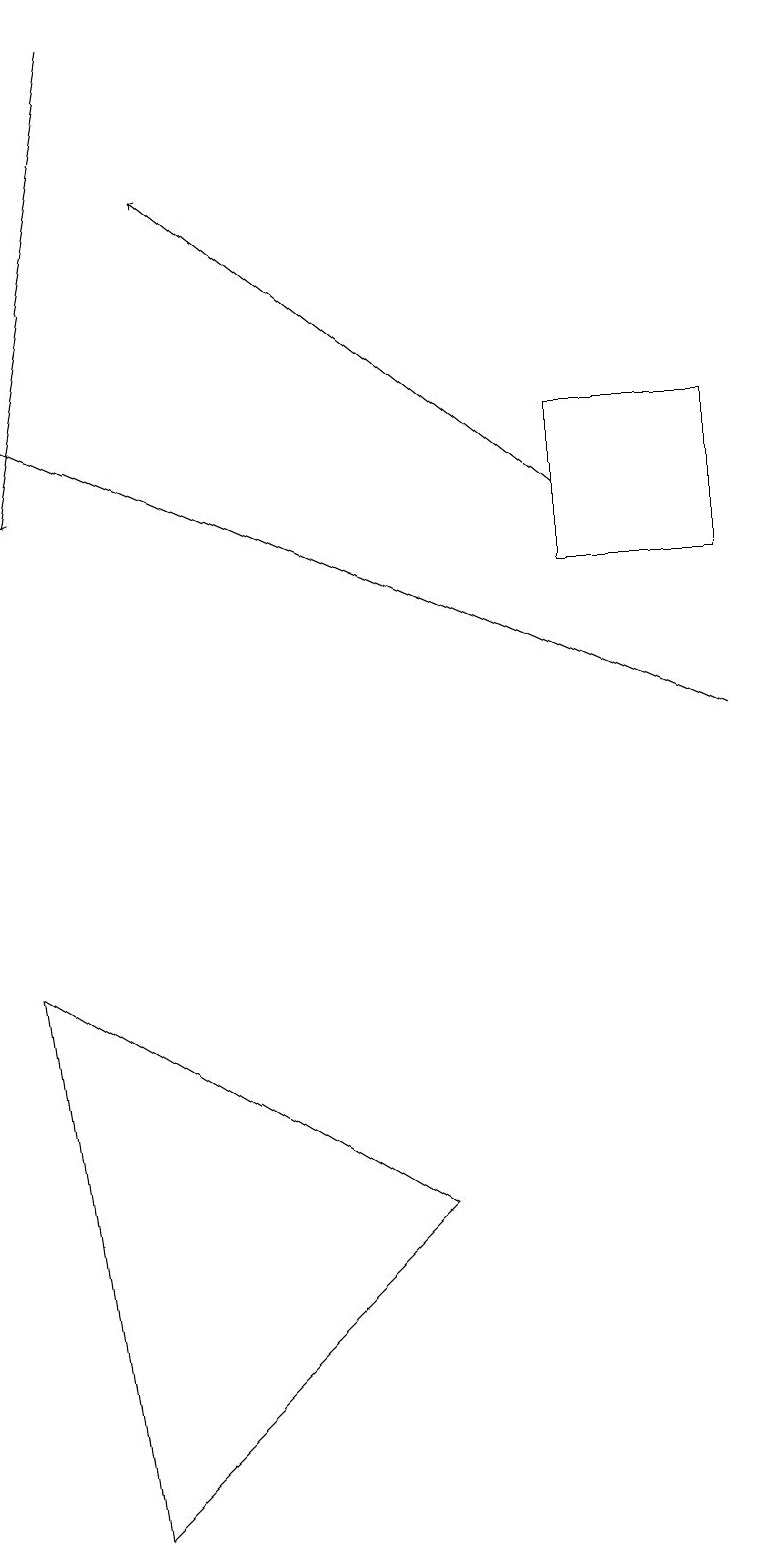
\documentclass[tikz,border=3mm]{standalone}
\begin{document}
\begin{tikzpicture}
\draw (7,12) rectangle (9,14);
\draw (5,4) -- (1,0) -- (0,7) -- cycle;
\draw[->] (1,19) -- (0,13);
\draw[->] (9,10) -- (0,14);
\draw[->] (7,13) -- (2,17);
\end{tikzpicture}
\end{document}